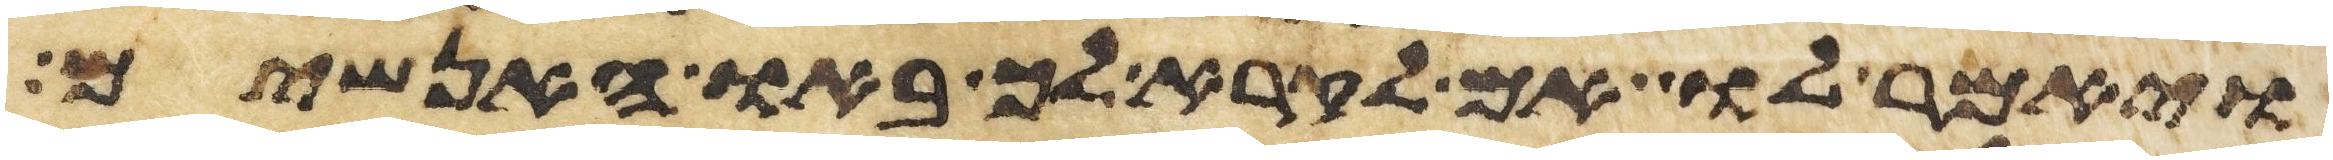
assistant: ויאמר לו אם לקרא לך באו האנשים